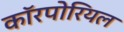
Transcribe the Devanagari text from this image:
कॉरपोरियल